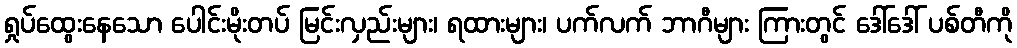
ရှုပ်ထွေးနေသော ပေါင်းမိုးတပ် မြင်းလှည်းများ၊ ရထားများ၊ ပက်လက် ဘာဂီများ ကြားတွင် ဒေါ်ဒေါ် ပစ်တီကို